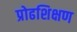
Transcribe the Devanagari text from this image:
प्रोढशिक्षण